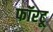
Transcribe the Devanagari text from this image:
फॉरटू